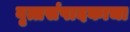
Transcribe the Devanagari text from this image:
वृत्तसंपादकाचा